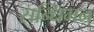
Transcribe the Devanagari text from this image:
सन्धिमन्